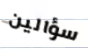
سؤالين